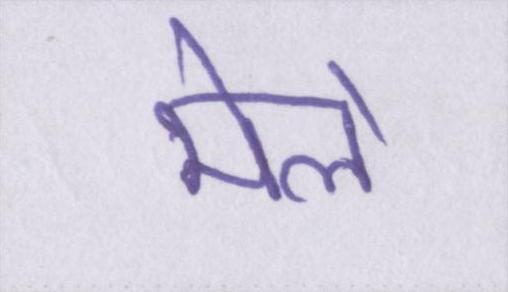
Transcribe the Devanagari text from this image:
मेले